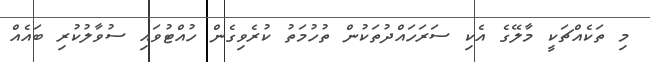
މި ތަކެއްޗަކީ މާލޭގެ އެކި ސަރަހައްދުތަކުން ތުހުމަތު ކުރެވިގެން ހުއްޓުވައި ސުވާލުކުރި ބައެއް